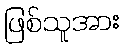
ဖြစ်သူအား